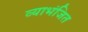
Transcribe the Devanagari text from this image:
व्याभंजित